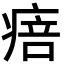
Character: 㾦